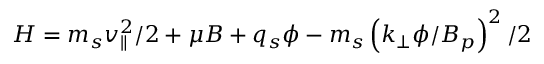
H = m _ { s } v _ { \parallel } ^ { 2 } / 2 + \mu B + q _ { s } \phi - m _ { s } \left( k _ { \perp } \phi / \ensuremath { B _ { p } } \right) ^ { 2 } / 2